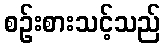
စဉ်းစားသင့်သည်